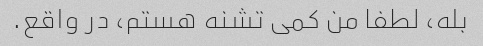
بله، لطفا من کمی تشنه هستم، در واقع.